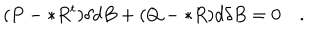
( P - * R ^ { t } ) \delta d B + ( Q - * R ) d \delta B = 0 \quad .